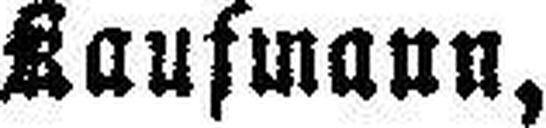
Kaufmann,